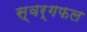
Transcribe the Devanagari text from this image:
स्वर्गफल